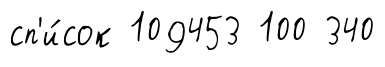
сп'и́сок 109453 100 340